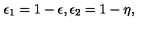
\epsilon _ { 1 } = 1 - \epsilon , \epsilon _ { 2 } = 1 - \eta ,